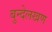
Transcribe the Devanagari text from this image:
बुन्देलखण